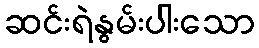
ဆင်းရဲနွမ်းပါးသော